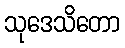
သုဒေသိတော